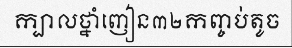
ក្បាលថ្នាំញៀន៣២កញ្ចប់តូច